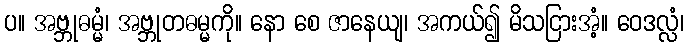
ပ။ အဗ္ဘုဓမ္မံ၊ အဗ္ဘုတဓမ္မကို။ နော စေ ဇာနေယျ၊ အကယ်၍ မိသငြားအံ့။ ဝေဒလ္လံ၊